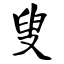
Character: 叟